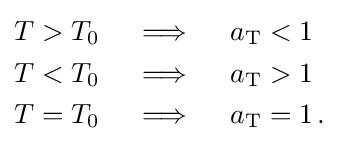
{\begin{aligned}&T>T_{0}\quad \implies \quad a_{\rm {T}}<1\\&T<T_{0}\quad \implies \quad a_{\rm {T}}>1\\&T=T_{0}\quad \implies \quad a_{\rm {T}}=1\,.\end{aligned}}